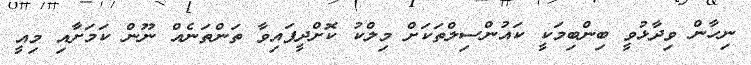
ނިހާން ވިދާޅުވީ ބިންބިމަކީ ކައުންސިލްތަކަށް މިލްކު ކޮށްދީފައިވާ ތަންތަނެއް ނޫން ކަމަށާއި މިއީ